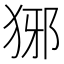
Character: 𤞡